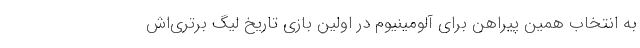
به انتخاب همین پیراهن برای آلومینیوم در اولین بازی تاریخ لیگ برتری‌اش